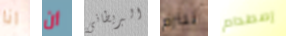
انا أن البريطانى نلتزم إصطدام